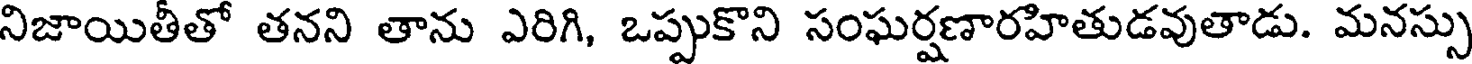
నిజాయితీతో తనని తాను ఎరిగి, ఒప్పుకొని సంఘర్షణారహితుడవుతాడు. మనస్సు